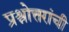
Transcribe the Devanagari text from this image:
प्रश्नोत्तरांची